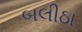
બલીઠા